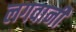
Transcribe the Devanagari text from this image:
लगवानी